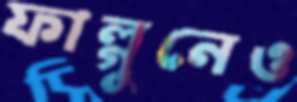
ফাল্গুনেও